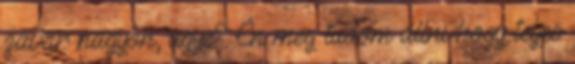
zavar nagyon, ugye? Én meg tudom állni hogy teljes